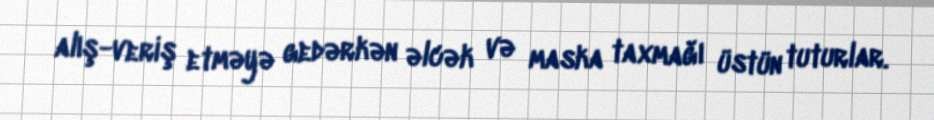
alış-veriş etməyə gedərkən əlcək və maska taxmağı üstün tuturlar.